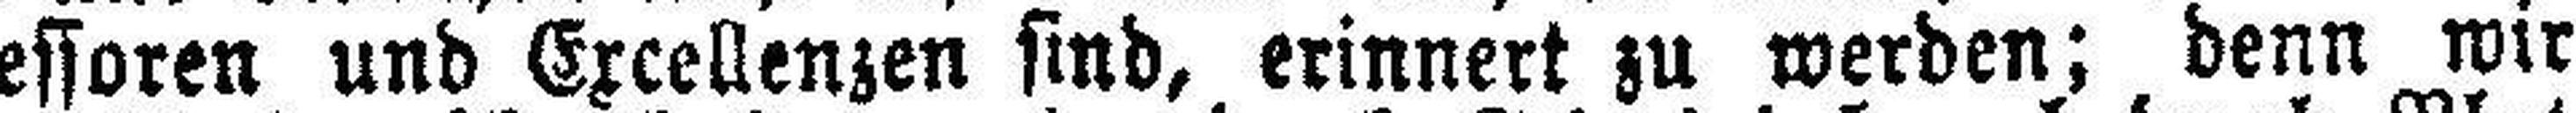
Professoren und Excellenzen sind, erinnert zu werden; denn wir